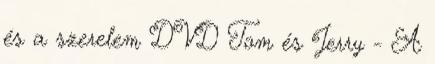
és a szerelem DVD Tom és Jerry - A